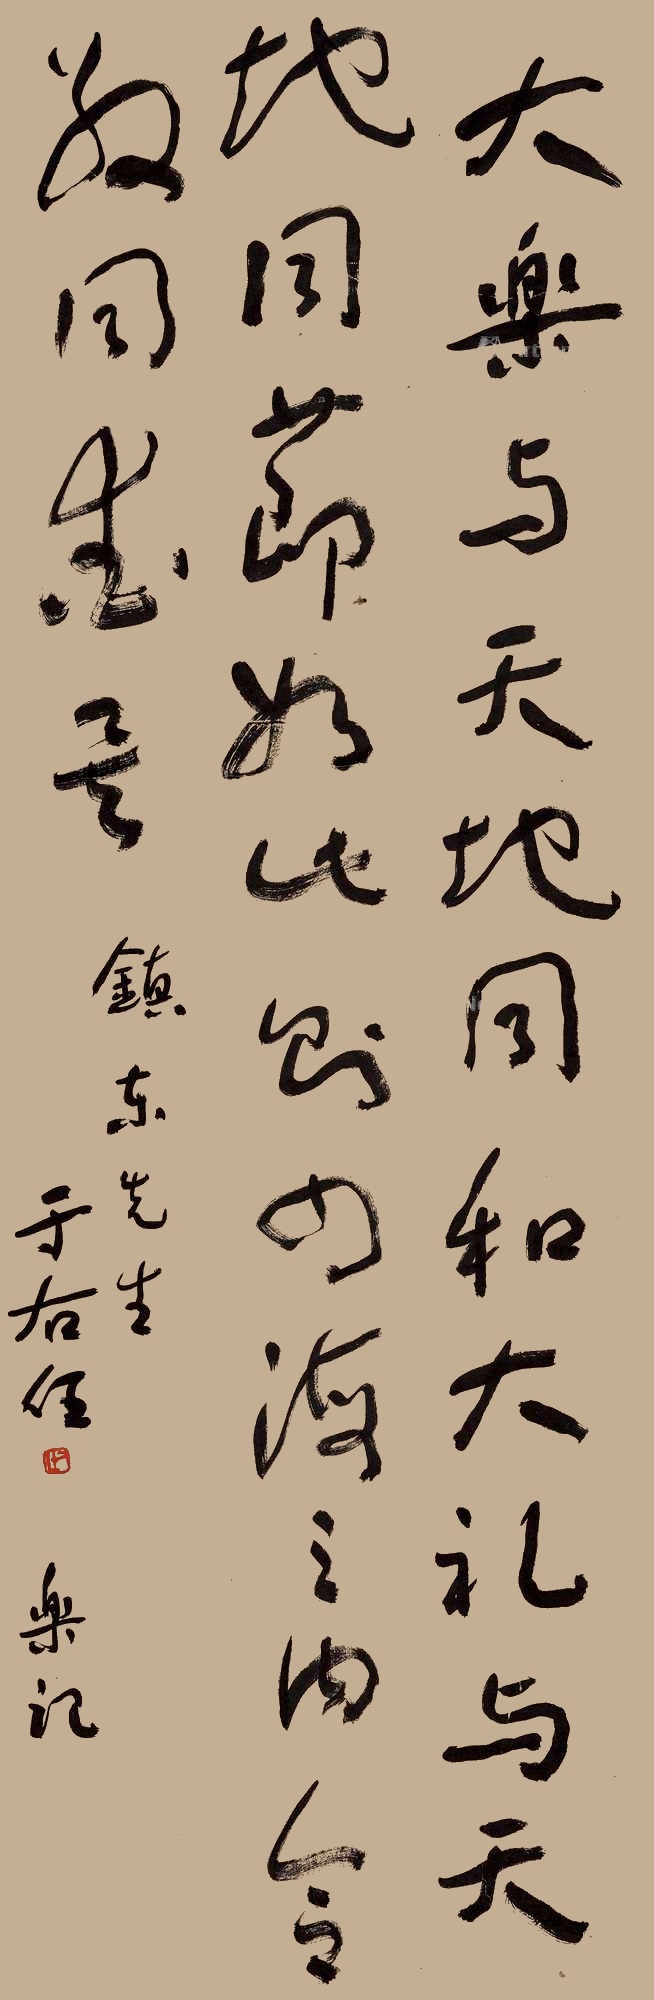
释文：大乐与天地同和，大礼与天地同节。如此则四海之内合敬同爱矣。镇东先生，于右任，乐记。